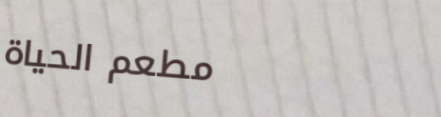
مطعم الحياة